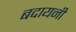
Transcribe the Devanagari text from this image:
बदायनी